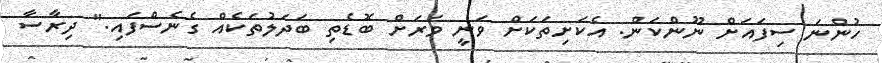
ހުންނަ ސިފައަށް ނޫންކަން. އެކަށިތަކަށް ވަނީ ވަރަށް ބޮޑެތި ބަދަލުތަކެއް ގެނެސްފައި." ދިރާސާ